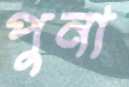
পুনা